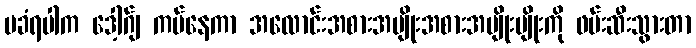
မခံရပါက ဒေါ့ဂ်ျ ကပ်နေကာ အလောင်းအစားအမျိုးအစားအမျိုးမျိုးကို ဖမ်းဆီးသွားတာ